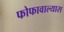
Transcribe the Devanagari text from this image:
फोफावाल्यास